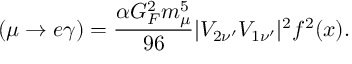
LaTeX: \mathrm { \Gamma } ( \mu \to e \gamma ) = \frac { \alpha G _ { F } ^ { 2 } m _ { \mu } ^ { 5 } } { 9 6 } | V _ { 2 \nu ^ { \prime } } V _ { 1 \nu ^ { \prime } } | ^ { 2 } f ^ { 2 } ( x ) .